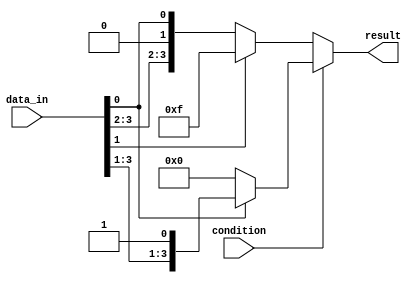
module if_else_ternary(
    input wire condition,
    input wire [3:0] data_in,
    output reg [3:0] result
);

always @(*) begin
    if (condition) begin
        result = (data_in[0] == 1'b1) ? data_in : 4'b0000;
    end else begin
        result = (data_in[1] == 1'b1) ? 4'b1111 : data_in;
    end
end

endmodule